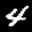
Label: 4